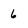
Character: 6